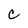
Character: C